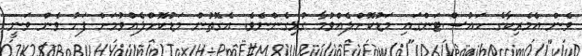
ވެން އެމެރިކާގެ ހައުސްޓަންގައި މަޑުކޮށްލެއްވުމާ ގުޅިގެންނެވެ. އެގޮތުން މަޑުކޮށްލެއްވުމަށް ފަހު ވެން ވަނީ